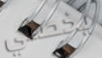
يخصني